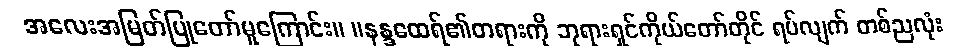
အလေးအမြတ်ပြုတော်မူကြောင်း။ ။နန္ဒထေရ်၏တရားကို ဘုရားရှင်ကိုယ်တော်တိုင် ရပ်လျက် တစ်ညလုံး